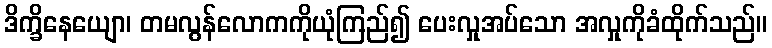
ဒိက္ခိနေယျော၊ တမလွန်လောကကိုယုံကြည်၍ ပေးလှုအပ်သော အလှုကိုခံထိုက်သည်။